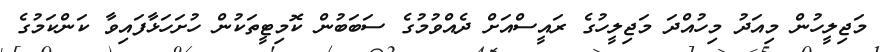
މަޖިލީހުން މިއަދު މިހުއްދަ މަޖިލީހުގެ ރައީސްއަށް ދެއްވުމުގެ ސަބަބުން ކޮމިޓީތަކުން ހުށަހަޅާފައިވާ ކަންކަމުގެ